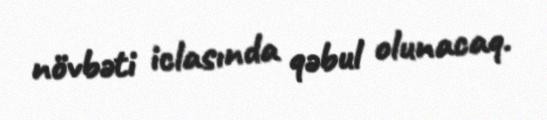
növbəti iclasında qəbul olunacaq.